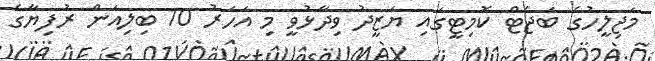
މަޖިލީހުގެ ބަޖެޓް ކޮމިޓީގައި ޔަޒީދު ވިދާޅުވީ މި އަހަރު 10 ބިލިއަން ރުފިޔާގެ